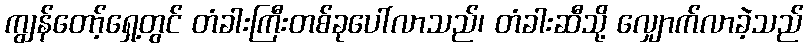
ကျွန်တော့်ရှေ့တွင် တံခါးကြီးတစ်ခုပေါ်လာသည်၊ တံခါးဆီသို့ လျှောက်လာခဲ့သည်